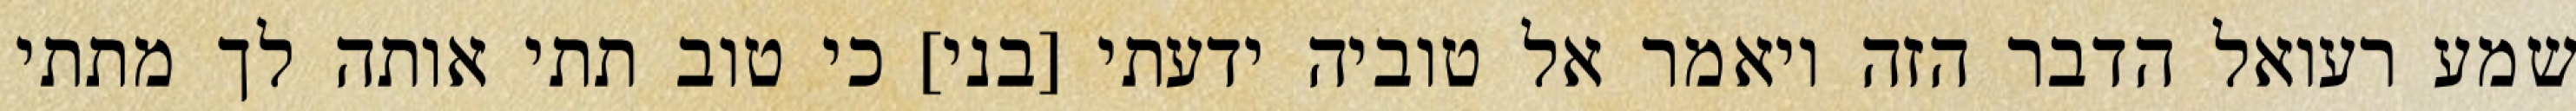
שמע רעואל הדבר הזה ויאמר אל טוביה ידעתי [בני] כי טוב תתי אותה לך מתתי